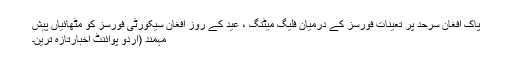
پاک افغان سرحد پر تعینات فورسز کے درمیان فلیگ میٹنگ ، عید کے روز افغان سیکورٹی فورسز کو مٹھائیاں پیش
مہمند (اُردو پوائنٹ اخبارتازہ ترین۔